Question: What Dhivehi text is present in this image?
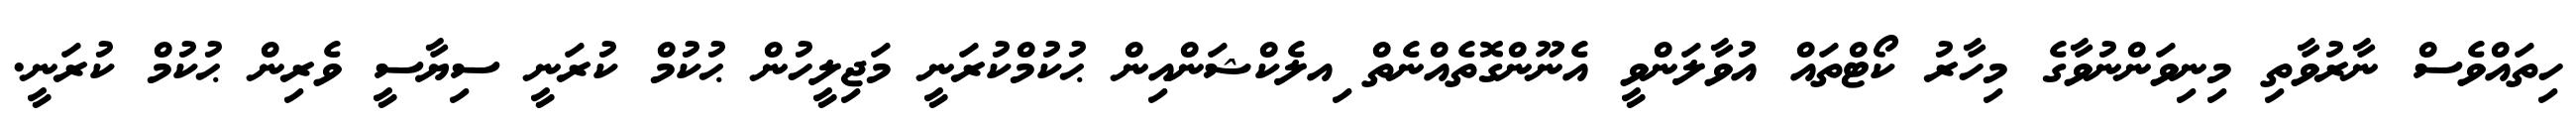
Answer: ހިތައްވެސް ނާރުވާތި މިނިވަންނުވާގެ މިހާރު ކޯޓްތައް އުވާލަންވީ އެނޫންގޮތެއްނެތް ިއލެކްޝަންއިން ޙުކުމްކުރަނީ މަޖިލީހުން ޙުކުމް ކުރަނީ ސިޔާސީ ވެރިން ޙުކުމް ކުރަނީ.